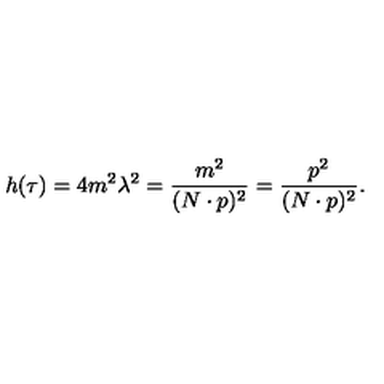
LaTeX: h ( \tau ) = 4 m ^ { 2 } \lambda ^ { 2 } = \frac { m ^ { 2 } } { ( N \cdot p ) ^ { 2 } } = \frac { p ^ { 2 } } { ( N \cdot p ) ^ { 2 } } .